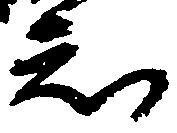
知